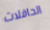
الحافلات